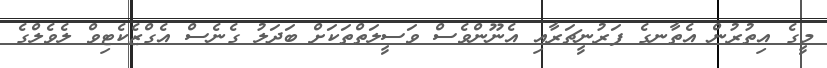
މީގެ އިތުރުން އެތާނގެ ފަރުނީޗަރާއި އެނޫންވެސް ވަސީލަތްތަކަށް ބަދަލު ގެނެސް އެގްޒެކެޓިވް ލެވެލްގެ